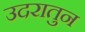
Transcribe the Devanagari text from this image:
उदरातुन